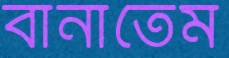
বানাতেম